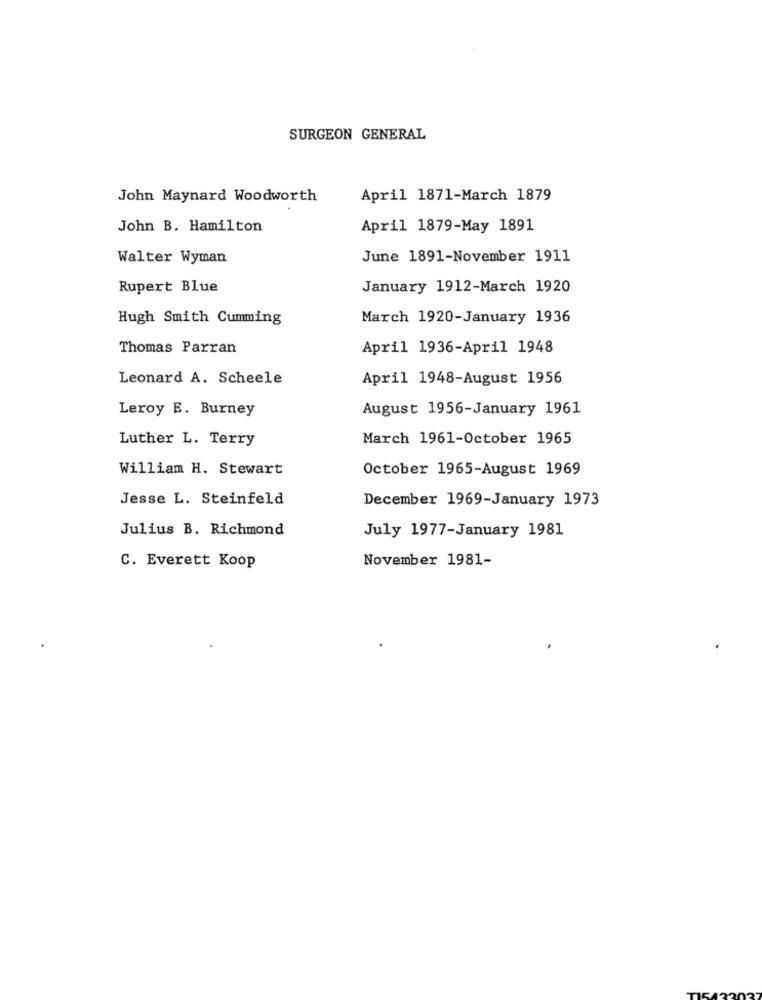
SURGEON GENERAL
John Maynard Woodworth
April 1871-March 1879
John B. Hamilton
April 1879-May 1891
Walter Wyman
June 1891-November 1911
Rupert Blue
January 1912-March 1920
Hugh Smith Cumming
March 1920-January 1936
Thomas Parran
April 1936-April 1948
Leonard A. Scheele
April 1948-August 1956
Leroy E. Burney
August 1956-January 1961
Luther L. Terry
March 1961-October 1965
William H. Stewart
October 1965-August 1969
Jesse L. Steinfeld
December 1969-January 1973
Julius B. Richmond
July 1977-January 1981
November 1981-
C. Everett Koop